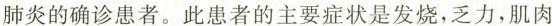
肺炎的确诊患者。此患者的主要症状是发烧，乏力，肌肉